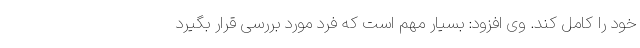
خود را کامل کند. وی افزود: بسیار مهم است که فرد مورد بررسی قرار بگیرد